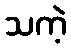
သကဲ့